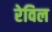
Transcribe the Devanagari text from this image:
रेविल